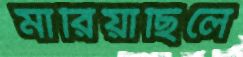
মারিয়াছিলে